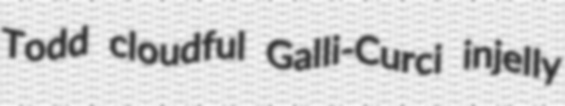
Todd cloudful Galli-Curci injelly